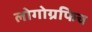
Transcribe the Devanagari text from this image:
लोगोग्रफिच